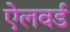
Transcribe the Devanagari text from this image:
ऐलवर्ड